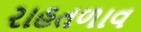
રાહતળાવ